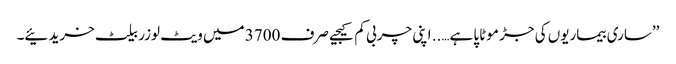
’’ساری بیماریوں کی جڑ موٹاپا ہے….. اپنی چربی کم کیجیے صرف 3700 میں ویٹ لوزر بیلٹ خریدئیے۔